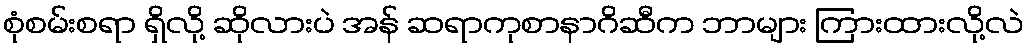
စုံစမ်းစရာ ရှိလို့ ဆိုလားပဲ အန် ဆရာကုစာနာဂိဆီက ဘာများ ကြားထားလို့လဲ